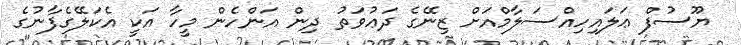
ޔޫސުފް ޢަލައިހިއްސަލާމްއަށް ޒިނޭގެ ދަޢުވަތު ދިން އަންހެން މީހާ އަކީ އެކަލޭގެފާނުގެ